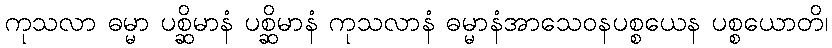
ကုသလာ ဓမ္မာ ပစ္ဆိမာနံ ပစ္ဆိမာနံ ကုသလာနံ ဓမ္မာနံအာသေဝနပစ္စယေန ပစ္စယောတိ၊